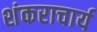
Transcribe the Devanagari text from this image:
शंकराचार्य